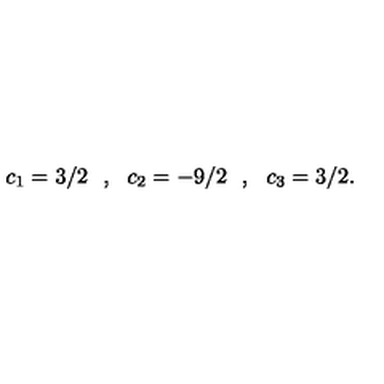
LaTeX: c _ { 1 } = 3 / 2 \: \: \: , \: \: \: c _ { 2 } = - 9 / 2 \: \: \: , \: \: \: c _ { 3 } = 3 / 2 .